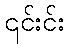
၎င်းင်း